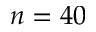
n = 4 0